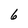
Character: 6